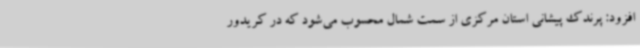
افزود: پرندک پیشانی استان مرکزی از سمت شمال محسوب می‌شود که در کریدور